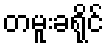
တမူးခရိုင်